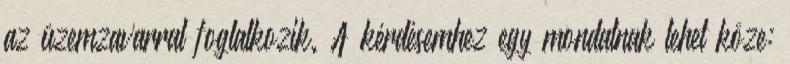
az üzemzavarral foglalkozik. A kérdésemhez egy mondatnak lehet köze: